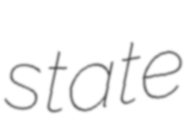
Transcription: state